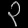
Digit: ၃